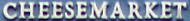
CHEESEMARKET